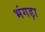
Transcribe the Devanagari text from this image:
भंगड़ा